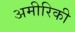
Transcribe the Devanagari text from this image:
अमीरिकी